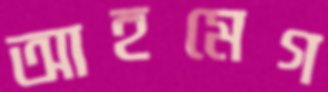
আহমেগ